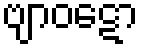
ဗျာဝဋော